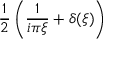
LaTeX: { \frac { 1 } { 2 } } \left( { \frac { 1 } { i \pi \xi } } + \delta ( \xi ) \right)